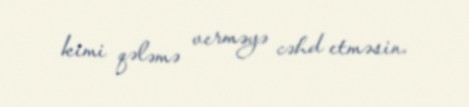
kimi qələmə verməyə cəhd etməsin.